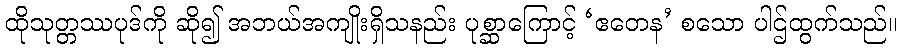
ထိုသုတ္တဿပုဒ်ကို ဆို၍ အဘယ်အကျိုးရှိသနည်း ပုစ္ဆာကြောင့် ‘ဧတေန’ စသော ပါဌ်ထွက်သည်။